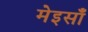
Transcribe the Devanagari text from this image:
मेइसाँ